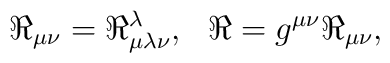
\Re_{\mu\nu}=\Re^{\lambda}_{\mu\lambda\nu}, \ \ \Re=g^{\mu\nu}\Re_{\mu\nu},